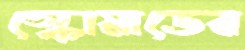
স্কোয়াডের